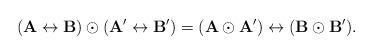
LaTeX: \begin{align*}(\mathbf A\leftrightarrow\mathbf B)\odot(\mathbf A'\leftrightarrow\mathbf B')=(\mathbf A\odot\mathbf A')\leftrightarrow (\mathbf B\odot\mathbf B').\end{align*}